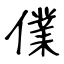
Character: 㒒